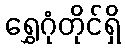
ရွှေဂုံတိုင်ရှိ